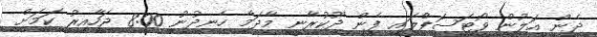
ދެން އަލުން ވޯޓަސަޕްލައި ފެން ދޫކުރާނީ މާދަމާ ހެނދުނު 8:00 ޖަހާއިރު ކަމަށް